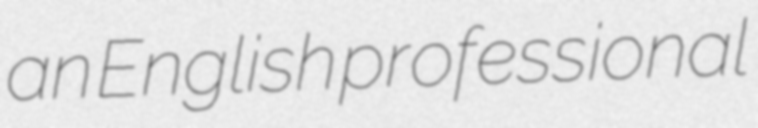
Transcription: an English professional